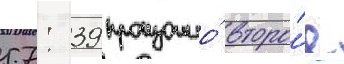
57: 39 произошло́ второ́е